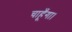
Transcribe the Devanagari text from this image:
चाहूँगा।